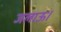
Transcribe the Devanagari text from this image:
जलाऊ।